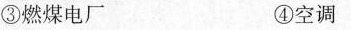
③燃煤电厂 ④空调